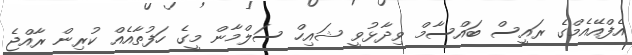
އެފްއޭއެމްގެ ރައީސް ބައްސާމް ވިދާޅުވީ ޝައިހް ސަލްމާން މީގެ ހަފުތާއެއް ކުރިން ރާއްޖެ